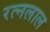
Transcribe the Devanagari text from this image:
रत्नलाल